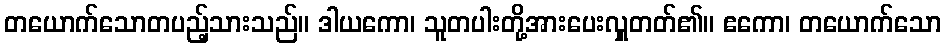
တယောက်သောတပည့်သားသည်။ ဒါယကော၊ သူတပါးတို့အားပေးလှူတတ်၏။ ဧကော၊ တယောက်သော